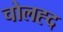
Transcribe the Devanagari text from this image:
चोलह्द